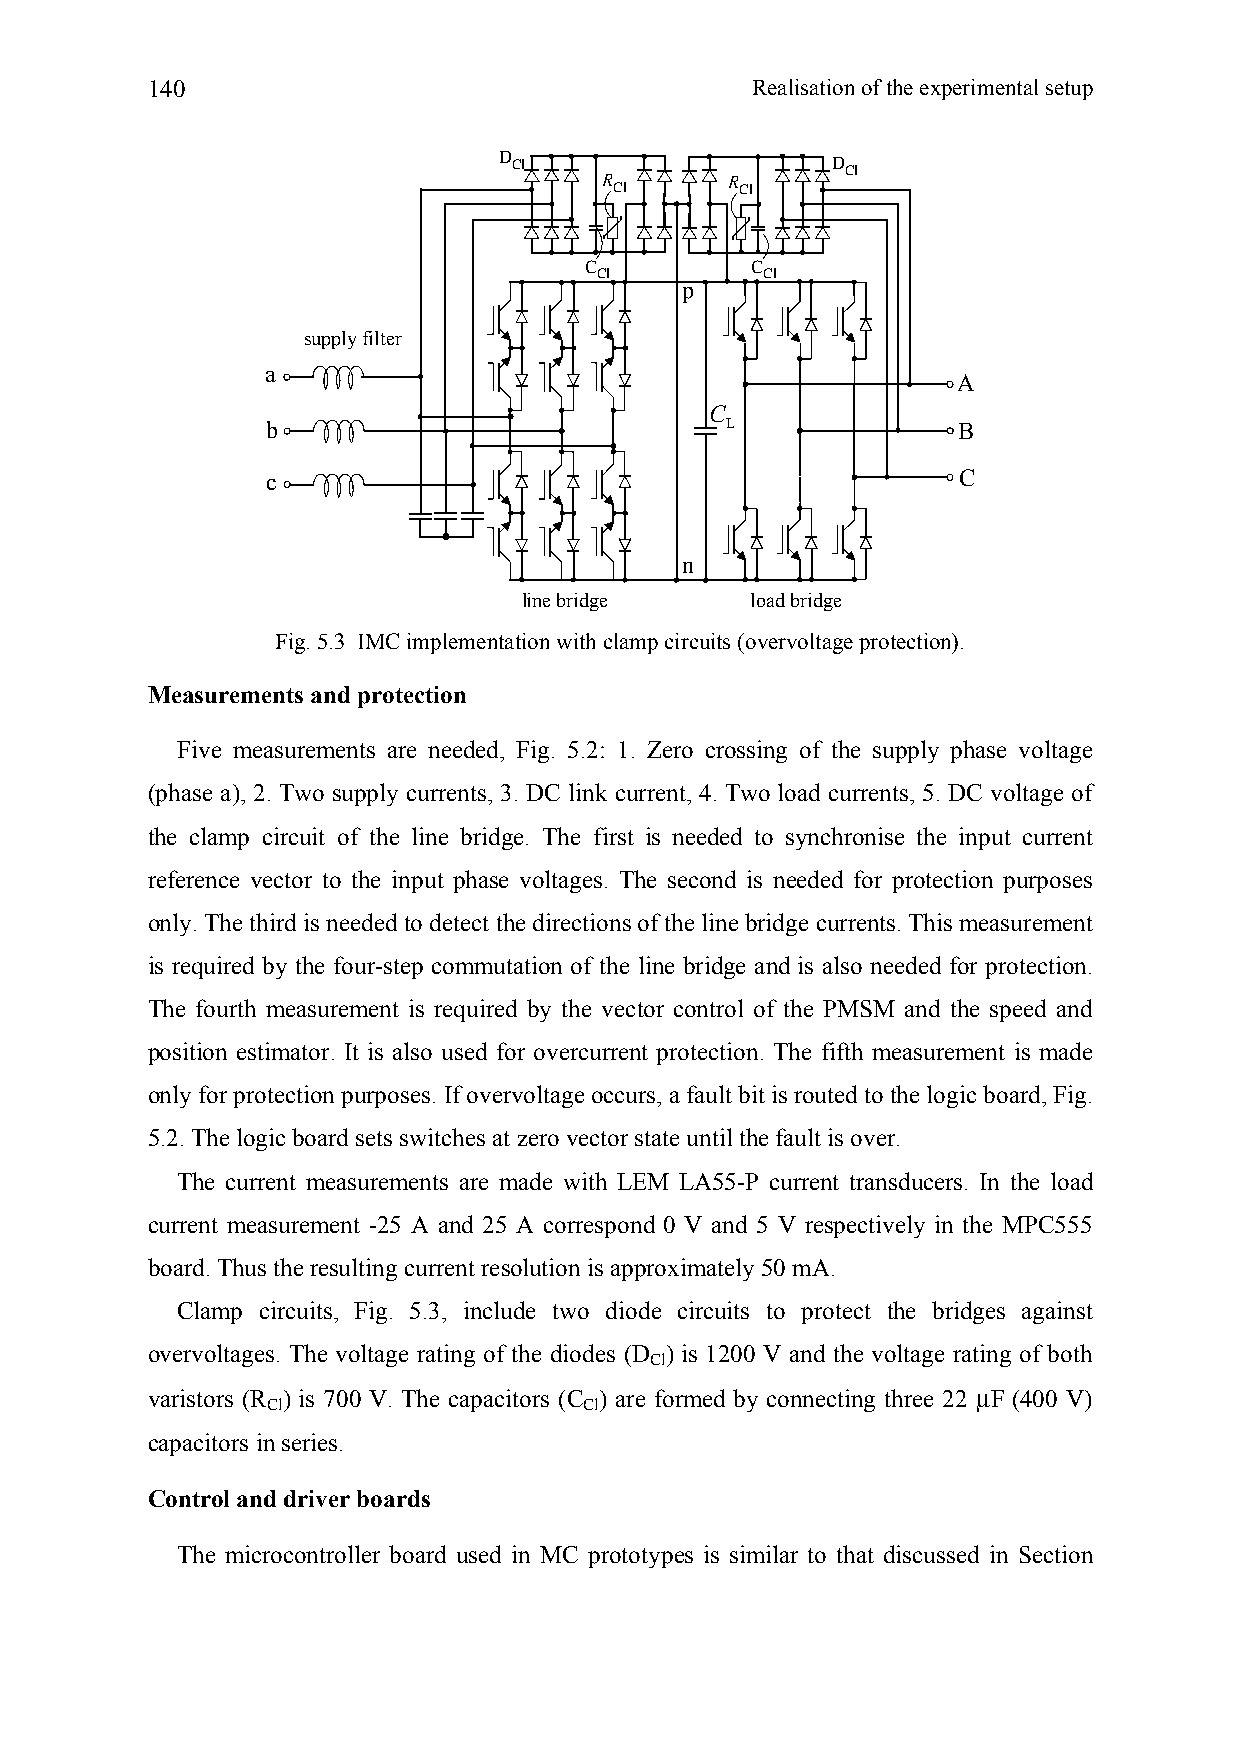
140                                     Realisation of the experimental setup
 D Cl                  D Cl
 R       R
 Cl      Cl
 C          C
 Cl         Cl
 p
 supply filter
 a
 A
 C
 b                             L              B
 c                                            C
 n
 line bridge    load bridge
 Fig. 5.3 IMC implementation with clamp circuits (overvoltage protection).
 Measurements and protection
 Five measurements are needed, Fig. 5.2: 1. Zero crossing of the supply phase voltage
 (phase a), 2. Two supply currents, 3. DC link current, 4. Two load currents, 5. DC voltage of
 the clamp circuit of the line bridge. The first is needed to synchronise the input current
 reference vector to the input phase voltages. The second is needed for protection purposes
 only. The third is needed to detect the directions of the line bridge currents. This measurement
 is required by the four-step commutation of the line bridge and is also needed for protection.
 The fourth measurement is required by the vector control of the PMSM and the speed and
 position estimator. It is also used for overcurrent protection. The fifth measurement is made
 only for protection purposes. If overvoltage occurs, a fault bit is routed to the logic board, Fig.
 5.2. The logic board sets switches at zero vector state until the fault is over.
 The current measurements are made with LEM LA55-P current transducers. In the load
 current measurement -25 A and 25 A correspond 0 V and 5 V respectively in the MPC555
 board. Thus the resulting current resolution is approximately 50 mA.
 Clamp circuits, Fig. 5.3, include two diode circuits to protect the bridges against
 overvoltages. The voltage rating of the diodes (D ) is 1200 V and the voltage rating of both
 Cl
 varistors (R ) is 700 V. The capacitors (C ) are formed by connecting three 22 µF (400 V)
 Cl                   Cl
 capacitors in series.
 Control and driver boards
 The microcontroller board used in MC prototypes is similar to that discussed in Section